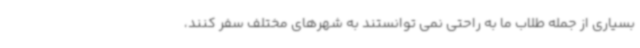
بسیاری از جمله طلاب ما به راحتی نمی توانستند به شهرهای مختلف سفر کنند،